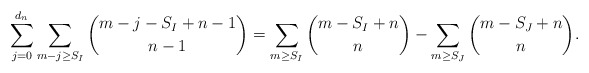
\begin{align*} \sum_{j=0}^{d_n}\sum_{m-j\geq S_I} \binom{m-j-S_I+n-1}{n-1} = \sum_{m\geq S_I} \binom{m-S_I+n}{n} - \sum_{m\geq S_J} \binom{m- S_J+n}{n}.\end{align*}